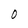
Character: O